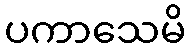
ပကာသေမိ